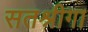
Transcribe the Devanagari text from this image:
सतश्रीगा